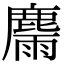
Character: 𪋉